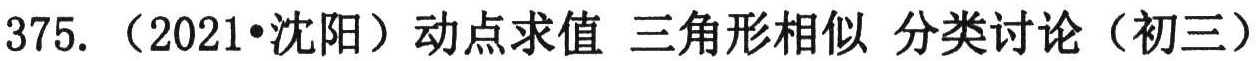
375. （2021•沈阳）动点求值 三角形相似 分类讨论（初三）